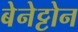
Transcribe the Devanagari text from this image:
बेनेट्टोन